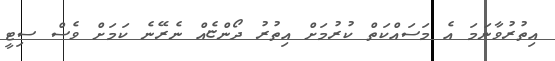
އިތުރުވާނަމަ އެ މަސައްކަތް ކުރުމަށް އިތުރު ދޯންޏެއް ނެރޭނެ ކަމަށް ވެސް ސިޓީ